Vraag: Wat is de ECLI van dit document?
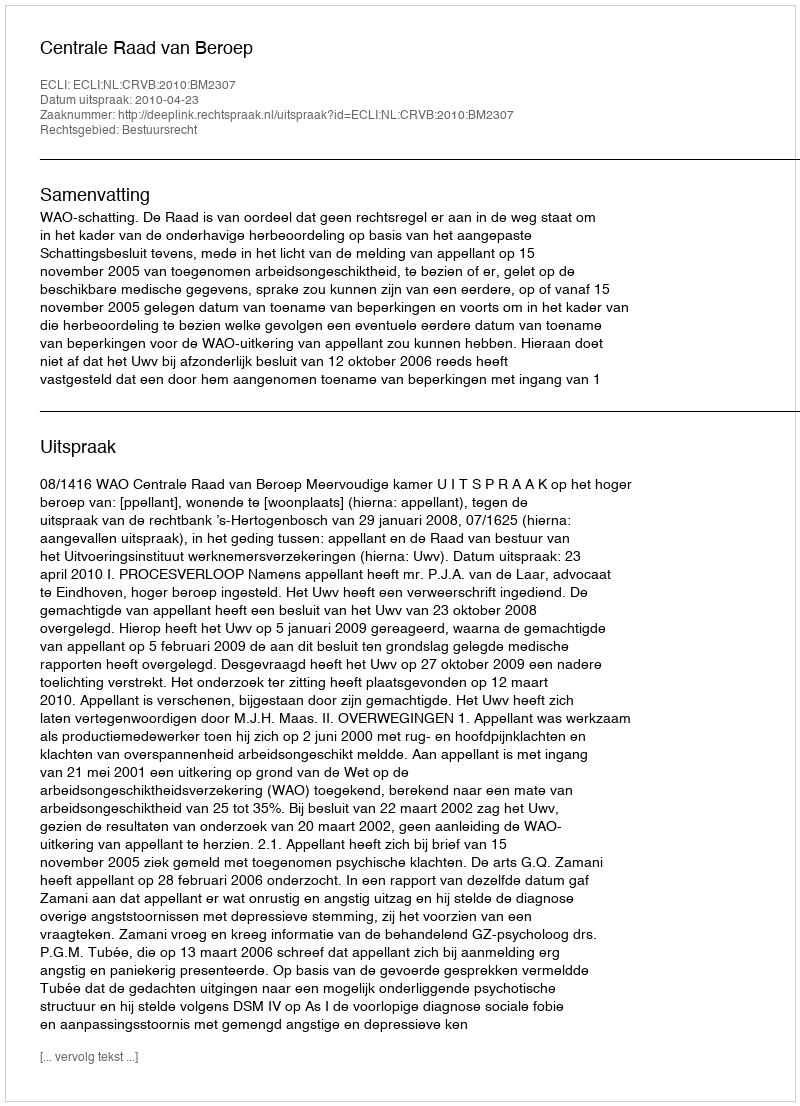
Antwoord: ECLI:NL:CRVB:2010:BM2307